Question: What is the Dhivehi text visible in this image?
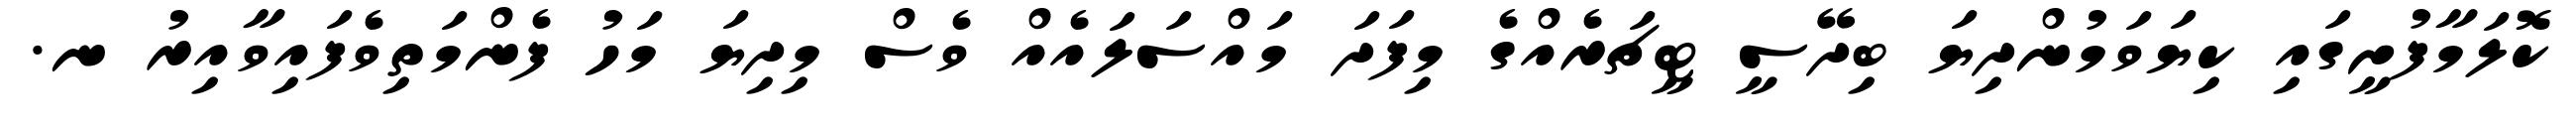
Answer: ކޮލަމާފުށީގައި ކިޔަވަމުންދިޔަ ބިދޭސީ ޓީޗަރެއްގެ މިފަދަ މައްސަލައެއް ވެސް މިދިޔަ މަހު ފެންމަތިވެފައިވާއިރު ނ.